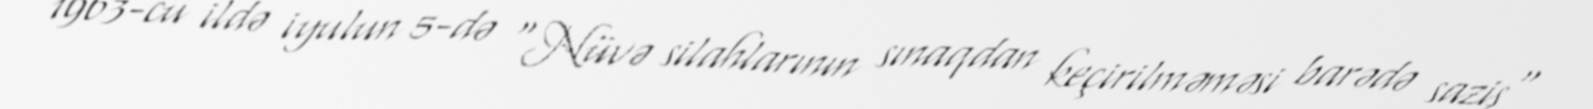
1963-cü ildə iyulun 5-də "Nüvə silahlarının sınaqdan keçirilməməsi barədə saziş"